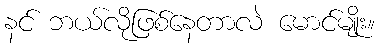
နင် ဘယ်လိုဖြစ်နေတာလဲ မောင်မျိုး။